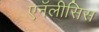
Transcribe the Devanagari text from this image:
एनॅलीसिस